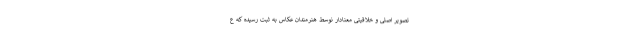
تصویر اصلی و خلاقیتی معنادار نوسط هنرمندان عکاس به ثبت رسیده که ع